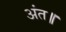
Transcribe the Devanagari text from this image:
अंत॥